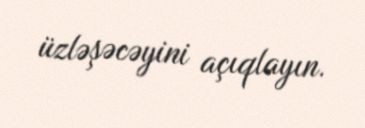
üzləşəcəyini açıqlayın.